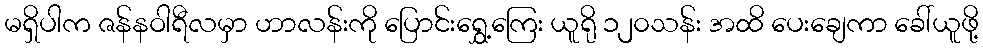
မရှိပါက ဇန်နဝါရီလမှာ ဟာလန်းကို ပြောင်းရွှေ့ကြေး ယူရို ၁၂၀သန်း အထိ ပေးချေကာ ခေါ်ယူဖို့